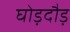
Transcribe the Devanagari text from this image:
घोड़दौड़